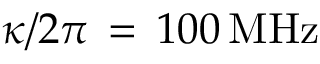
\kappa / 2 \pi \, = \, 1 0 0 \, \mathrm { M H z }